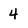
Character: 4